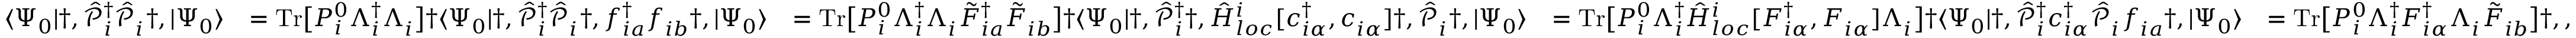
\begin{array} { r l r l r } { \langle \Psi _ { 0 } | \dag , \hat { \mathcal { P } } _ { i } ^ { { \dagger } } \hat { \mathcal { P } } _ { i } ^ { \phantom { \dagger } } \dag , | \Psi _ { 0 } \rangle } & { = \mathrm { T r } \big [ P _ { i } ^ { 0 } \Lambda _ { i } ^ { \dagger } \Lambda _ { i } ^ { \phantom { \dagger } } \big ] \dag \langle \Psi _ { 0 } | \dag , \hat { \mathcal { P } } _ { i } ^ { { \dagger } } \hat { \mathcal { P } } _ { i } ^ { \phantom { \dagger } } \dag , f _ { i a } ^ { \dagger } f _ { i b } ^ { \phantom { \dagger } } \dag , | \Psi _ { 0 } \rangle } & { = \mathrm { T r } \big [ P _ { i } ^ { 0 } \Lambda _ { i } ^ { \dagger } \Lambda _ { i } ^ { \phantom { \dagger } } \tilde { F } _ { i a } ^ { \dagger } \tilde { F } _ { i b } ^ { \phantom { \dagger } } \big ] \dag \langle \Psi _ { 0 } | \dag , \hat { \mathcal { P } } _ { i } ^ { { \dagger } } \dag , \hat { H } _ { l o c } ^ { i } [ c _ { i \alpha } ^ { \dagger } , c _ { i \alpha } ^ { \phantom { \dagger } } ] \dag , \hat { \mathcal { P } } _ { i } ^ { \phantom { \dagger } } \dag , | \Psi _ { 0 } \rangle } & { = \mathrm { T r } \big [ P _ { i } ^ { 0 } \Lambda _ { i } ^ { \dagger } \hat { H } _ { l o c } ^ { i } [ F _ { i \alpha } ^ { \dagger } , F _ { i \alpha } ^ { \phantom { \dagger } } ] \Lambda _ { i } ^ { \phantom { \dagger } } \big ] \dag \langle \Psi _ { 0 } | \dag , \hat { \mathcal { P } } _ { i } ^ { { \dagger } } c _ { i \alpha } ^ { \dagger } \hat { \mathcal { P } } _ { i } ^ { \phantom { \dagger } } f _ { i a } ^ { \phantom { \dagger } } \dag , | \Psi _ { 0 } \rangle } & { = \mathrm { T r } \big [ P _ { i } ^ { 0 } \Lambda _ { i } ^ { \dagger } F _ { i \alpha } ^ { \dagger } \Lambda _ { i } ^ { \phantom { \dagger } } \tilde { F } _ { i b } ^ { \phantom { \dagger } } \big ] \dag , , } \end{array}